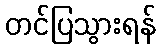
တင်ပြသွားရန်